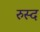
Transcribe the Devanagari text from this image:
रुस्द